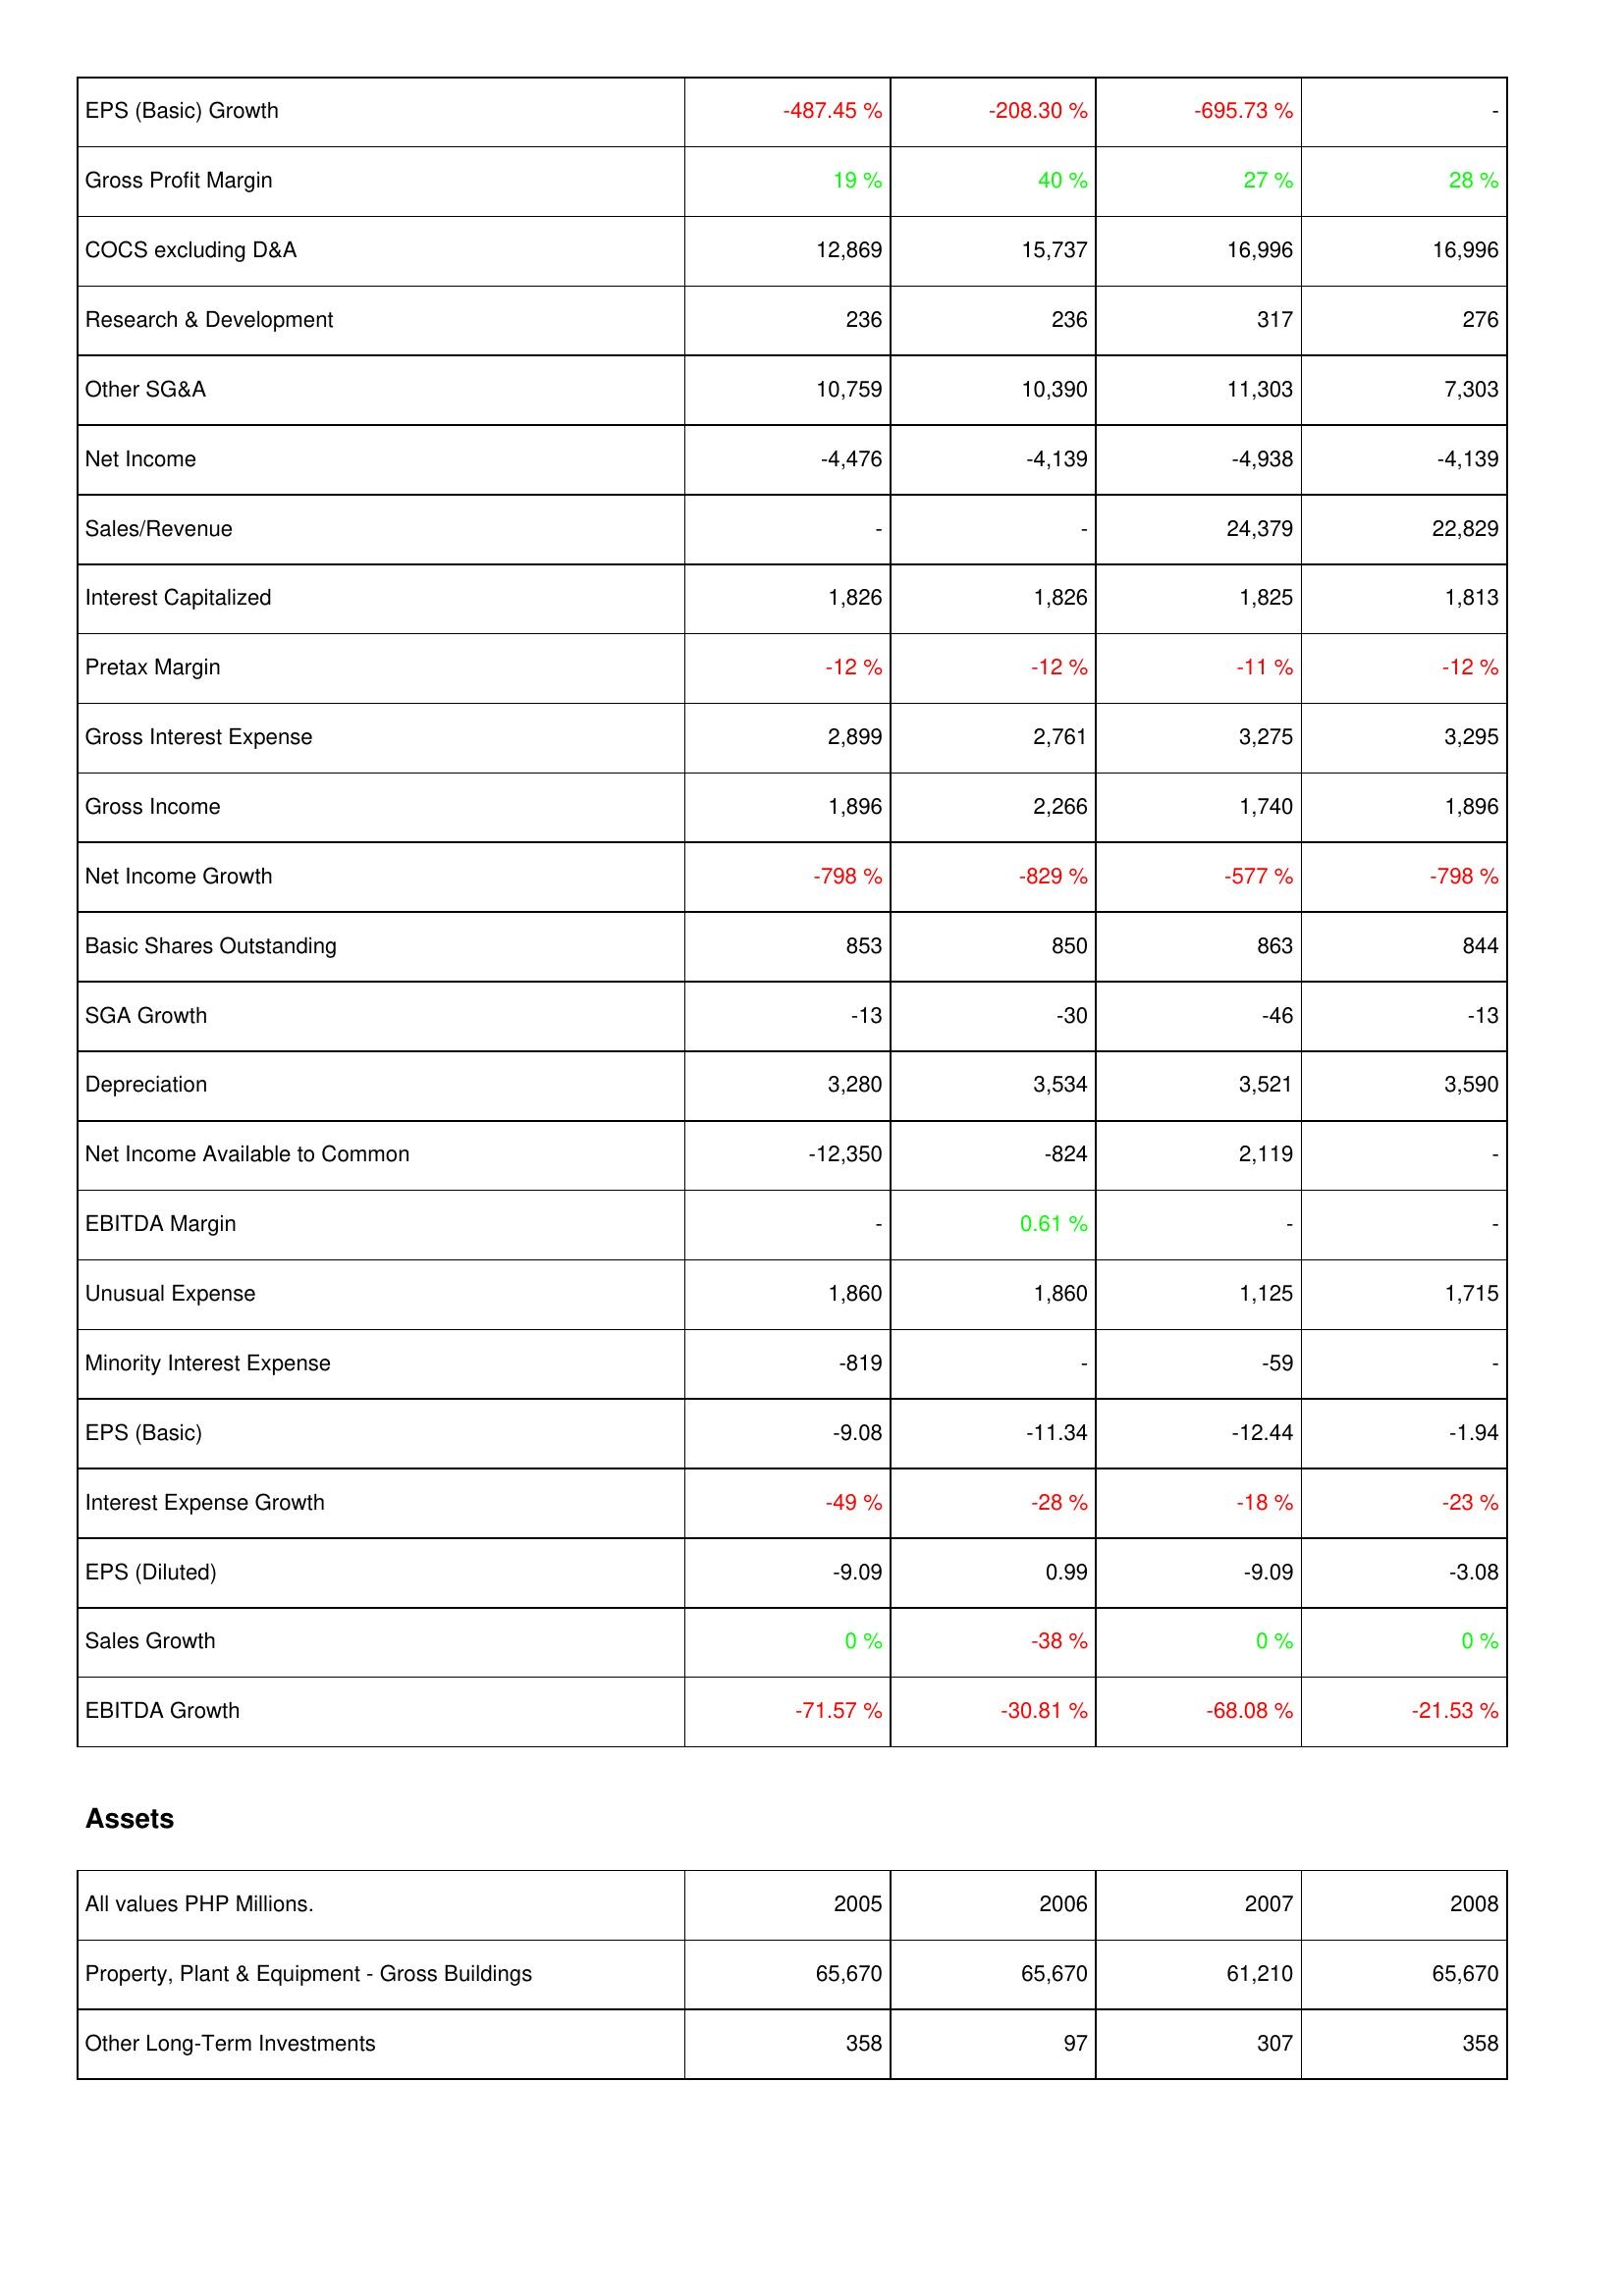
2005: Income Statement: EPS (Basic) Growth: -487.45 %
Gross Profit Margin: 19 %
COCS excluding D&A: 12,869
Research & Development: 236
Other SG&A: 10,759
Net Income: -4,476
Sales/Revenue: -
Interest Capitalized: 1,826
Pretax Margin: -12 %
Gross Interest Expense: 2,899
Gross Income: 1,896
Net Income Growth: -798 %
Basic Shares Outstanding: 853
SGA Growth: -13
Depreciation: 3,280
Net Income Available to Common: -12,350
EBITDA Margin: -
Unusual Expense: 1,860
Minority Interest Expense: -819
EPS (Basic): -9.08
Interest Expense Growth: -49 %
EPS (Diluted): -9.09
Sales Growth: 0 %
EBITDA Growth: -71.57 %
Assets: Property, Plant & Equipment - Gross Buildings: 65,670
Other Long-Term Investments: 358
2006: Income Statement: EPS (Basic) Growth: -208.30 %
Gross Profit Margin: 40 %
COCS excluding D&A: 15,737
Research & Development: 236
Other SG&A: 10,390
Net Income: -4,139
Sales/Revenue: -
Interest Capitalized: 1,826
Pretax Margin: -12 %
Gross Interest Expense: 2,761
Gross Income: 2,266
Net Income Growth: -829 %
Basic Shares Outstanding: 850
SGA Growth: -30
Depreciation: 3,534
Net Income Available to Common: -824
EBITDA Margin: 0.61 %
Unusual Expense: 1,860
Minority Interest Expense: -
EPS (Basic): -11.34
Interest Expense Growth: -28 %
EPS (Diluted): 0.99
Sales Growth: -38 %
EBITDA Growth: -30.81 %
Assets: Property, Plant & Equipment - Gross Buildings: 65,670
Other Long-Term Investments: 97
2007: Income Statement: EPS (Basic) Growth: -695.73 %
Gross Profit Margin: 27 %
COCS excluding D&A: 16,996
Research & Development: 317
Other SG&A: 11,303
Net Income: -4,938
Sales/Revenue: 24,379
Interest Capitalized: 1,825
Pretax Margin: -11 %
Gross Interest Expense: 3,275
Gross Income: 1,740
Net Income Growth: -577 %
Basic Shares Outstanding: 863
SGA Growth: -46
Depreciation: 3,521
Net Income Available to Common: 2,119
EBITDA Margin: -
Unusual Expense: 1,125
Minority Interest Expense: -59
EPS (Basic): -12.44
Interest Expense Growth: -18 %
EPS (Diluted): -9.09
Sales Growth: 0 %
EBITDA Growth: -68.08 %
Assets: Property, Plant & Equipment - Gross Buildings: 61,210
Other Long-Term Investments: 307
2008: Income Statement: EPS (Basic) Growth: -
Gross Profit Margin: 28 %
COCS excluding D&A: 16,996
Research & Development: 276
Other SG&A: 7,303
Net Income: -4,139
Sales/Revenue: 22,829
Interest Capitalized: 1,813
Pretax Margin: -12 %
Gross Interest Expense: 3,295
Gross Income: 1,896
Net Income Growth: -798 %
Basic Shares Outstanding: 844
SGA Growth: -13
Depreciation: 3,590
Net Income Available to Common: -
EBITDA Margin: -
Unusual Expense: 1,715
Minority Interest Expense: -
EPS (Basic): -1.94
Interest Expense Growth: -23 %
EPS (Diluted): -3.08
Sales Growth: 0 %
EBITDA Growth: -21.53 %
Assets: Property, Plant & Equipment - Gross Buildings: 65,670
Other Long-Term Investments: 358